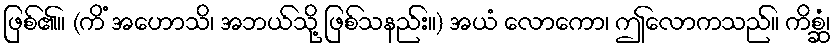
ဖြစ်၏။ (ကိံ အဟောသိ၊ အဘယ်သို့ ဖြစ်သနည်း။) အယံ လောကော၊ ဤလောကသည်။ ကိစ္ဆံ၊